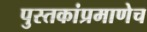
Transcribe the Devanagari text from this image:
पुस्तकांप्रमाणेच